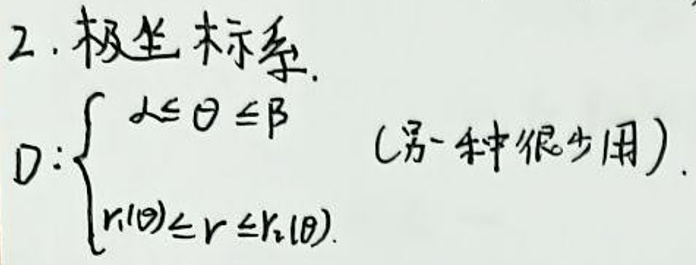
2. 极坐标系.
\[
D:\left\{
\begin{array}{l}
\alpha\leq\theta\leq\beta \\
r_1(\theta)\leq r\leq r_2(\theta)
\end{array}
\right. \quad (\text{另一种很少用})
\]